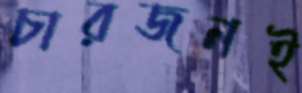
চারজনই